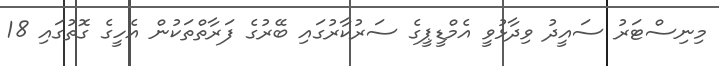
މިނިސްޓަރު ސައީދު ވިދާޅުވީ އެމްޑީޕީގެ ސަރުކާރުގައި ބޭރުގެ ފަރާތްތަކުން އެހީގެ ގޮތުގައި 18